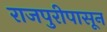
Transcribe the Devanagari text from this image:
राजपुरीपासून